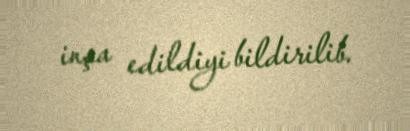
inşa edildiyi bildirilib.